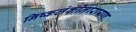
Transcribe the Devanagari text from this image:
निष्कलंकीनारायण